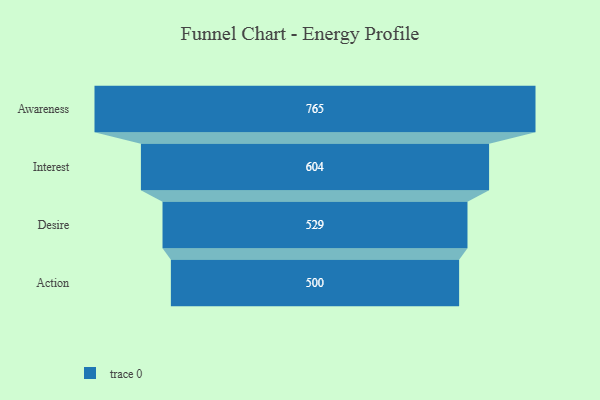
{"axis": {"x": "Stage", "y": "Value"}, "legend": [""], "data": [{"x": "Awareness", "y": 765.0, "type": ""}, {"x": "Interest", "y": 604.0, "type": ""}, {"x": "Desire", "y": 529.0, "type": ""}, {"x": "Action", "y": 500, "type": ""}]}